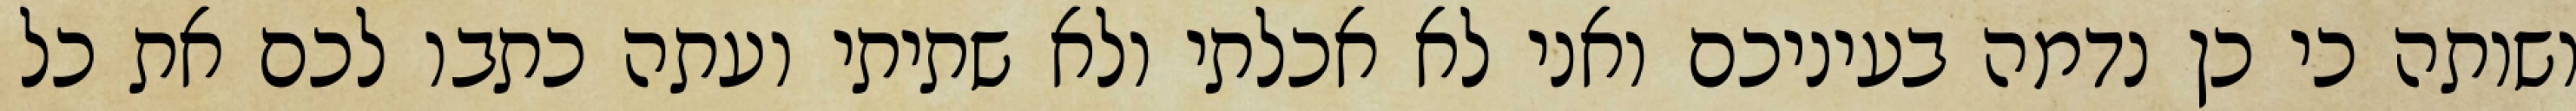
ושותה כי כן נדמה בעיניכם ואני לא אכלתי ולא שתיתי ועתה כתבו לכם את כל